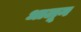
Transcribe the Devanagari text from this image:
धालून